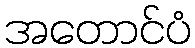
အတောင်ပံ